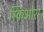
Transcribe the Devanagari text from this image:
स्किओरा